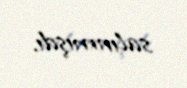
salınmışdı.